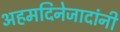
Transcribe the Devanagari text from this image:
अहमदिनेजादांनी